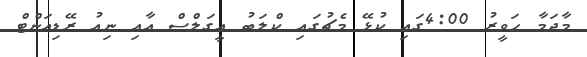
މާދަމާ ހަވީރު 4:00ގައި ކުޅޭ މެޗުގައި ކްލަބު އީގަލްސް އާއި ނިއު ރޭޑިއަންޓް